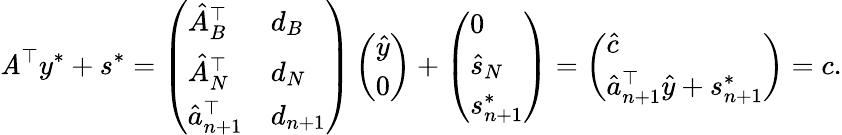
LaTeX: \mathit{A}^{\top}y^{*}+s^{*}=\left(\begin{array}{ll}{\hat{A}_{B}^{\top}}&{d_{B}}\\ {\hat{A}_{N}^{\top}}&{d_{N}}\\ {\hat{a}_{n+1}^{\top}}&{d_{n+1}}\end{array}\right)\left(\begin{array}{l}{\hat{y}}\\ {0}\end{array}\right)+\left(\begin{array}{l}{0}\\ {\hat{s}_{N}}\\ {s_{n+1}^{*}}\end{array}\right)=\left(\begin{array}{l}{\hat{c}}\\ {\hat{a}_{n+1}^{\top}\hat{y}+s_{n+1}^{*}}\end{array}\right)=c.